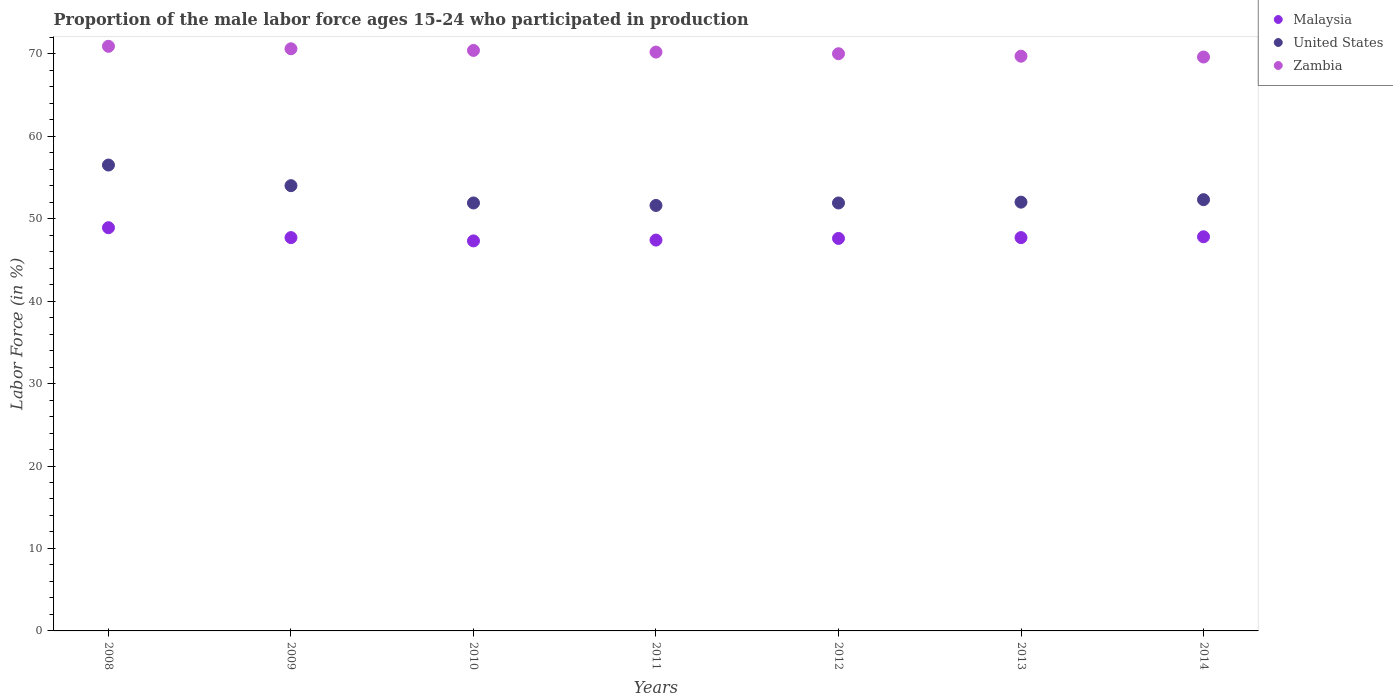
| Years | Malaysia | United States | Zambia |
 | --- | --- | --- | --- |
 | 2008 | 48.9 | 56.5 | 70.9 |
 | 2009 | 47.7 | 54 | 70.6 |
 | 2010 | 47.3 | 51.9 | 70.4 |
 | 2011 | 47.4 | 51.6 | 70.2 |
 | 2012 | 47.6 | 51.9 | 70 |
 | 2013 | 47.7 | 52 | 69.7 |
 | 2014 | 47.8 | 52.3 | 69.6 |